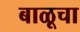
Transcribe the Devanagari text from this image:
बाळूचा